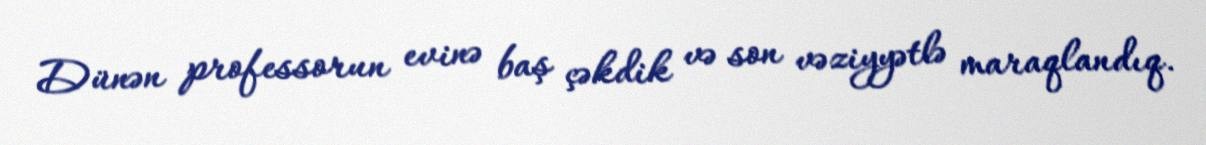
Dünən professorun evinə baş çəkdik və son vəziyyətlə maraqlandıq.